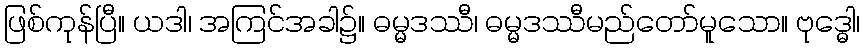
ဖြစ်ကုန်ပြီ။ ယဒါ၊ အကြင်အခါ၌။ ဓမ္မဒဿီ၊ ဓမ္မဒဿီမည်တော်မူသော။ ဗုဒ္ဓေါ၊